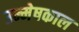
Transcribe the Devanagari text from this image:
उन्मेषकाल